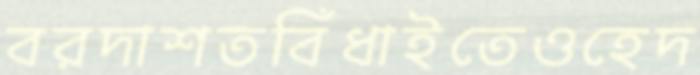
বরদাশতবিঁধাইতেওহেদ